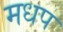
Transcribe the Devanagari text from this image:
मधप